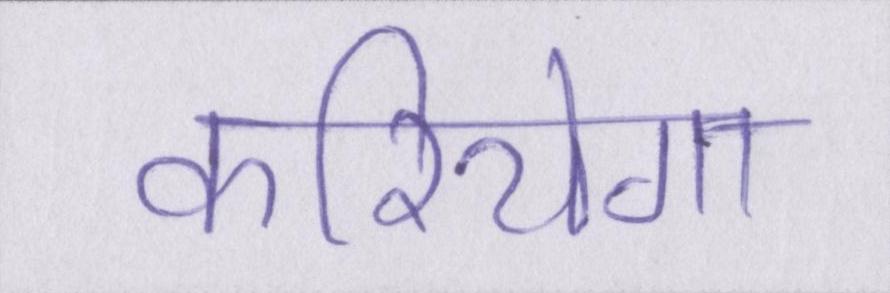
करियेगा